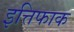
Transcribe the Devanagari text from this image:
इत्तिफाक